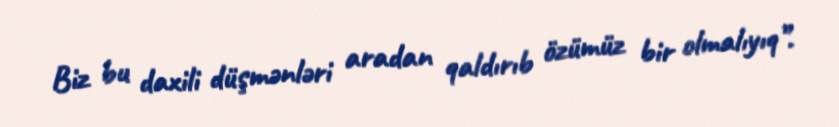
Biz bu daxili düşmənləri aradan qaldırıb özümüz bir olmalıyıq”.